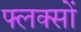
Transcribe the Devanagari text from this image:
फ्लक्सों